Document type: Emphyteutic lease
Year: 1333
Scribe: Berenguer Simó
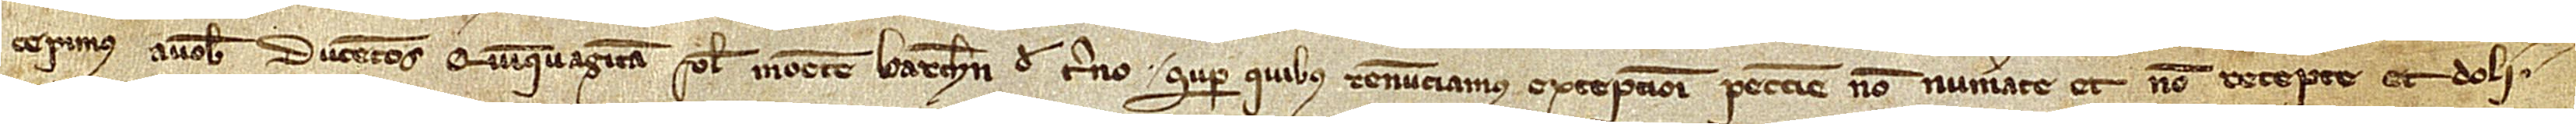
cepimus a vobis ducentos quinquaginta solidos monete Barchinone de terno, super quibus renunciamus excepcioni peccunie non numerate et non recepte et doli.